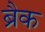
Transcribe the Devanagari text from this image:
ब्रैक